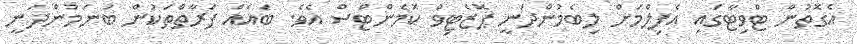
އެގޮތުން ޓްވިޓާގައި އެފިލްމަށް ލިބެމުންދަނީ ޕޮޒެޓިވް ކޮމެންޓްސް އެވެ. ބައެއް ފަރާތްތަކުން ބުނަމުންދަނީ